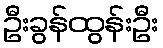
ဦးခွန်ထွန်းဦး